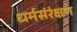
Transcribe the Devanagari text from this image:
धर्मसंरंक्षण